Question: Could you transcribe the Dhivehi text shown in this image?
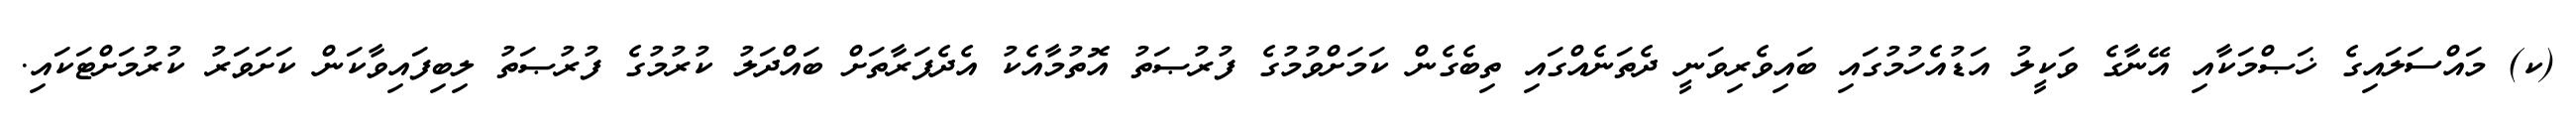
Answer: (ކ) މައްސަލައިގެ ޚަޞްމަކާއި އޭނާގެ ވަކީލު އަޑުއެހުމުގައި ބައިވެރިވަނީ ދެތަނެއްގައި ތިބެގެން ކަމަށްވުމުގެ ފުރުޞަތު އޮތުމާއެކު އެދެފަރާތަށް ބައްދަލު ކުރުމުގެ ފުރުޞަތު ލިބިފައިވާކަން ކަށަވަރު ކުރުމަށްޓަކައި.